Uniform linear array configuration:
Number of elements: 64
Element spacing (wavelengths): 0.75
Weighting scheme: blackman
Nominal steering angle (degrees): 60
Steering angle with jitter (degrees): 60.26
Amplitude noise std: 0.05
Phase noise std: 0.05

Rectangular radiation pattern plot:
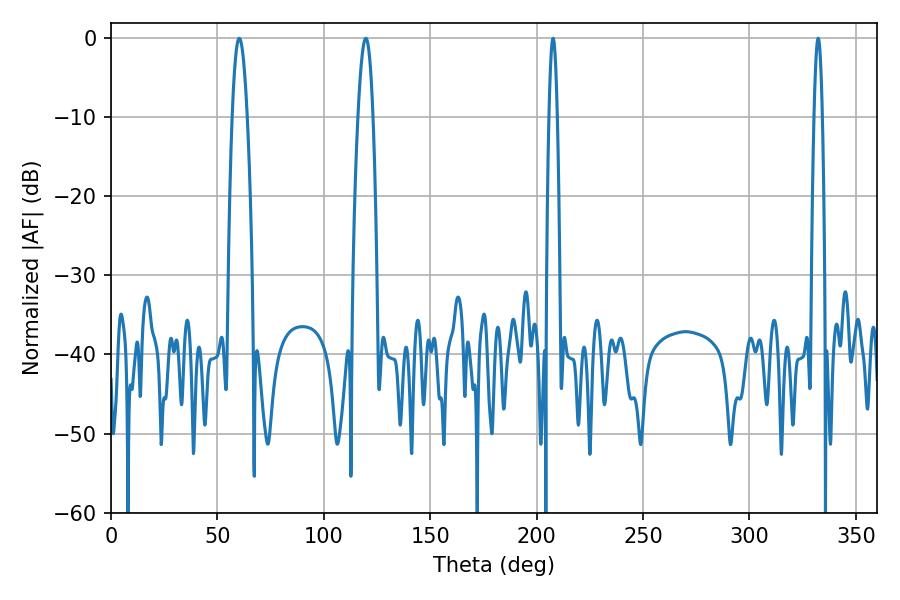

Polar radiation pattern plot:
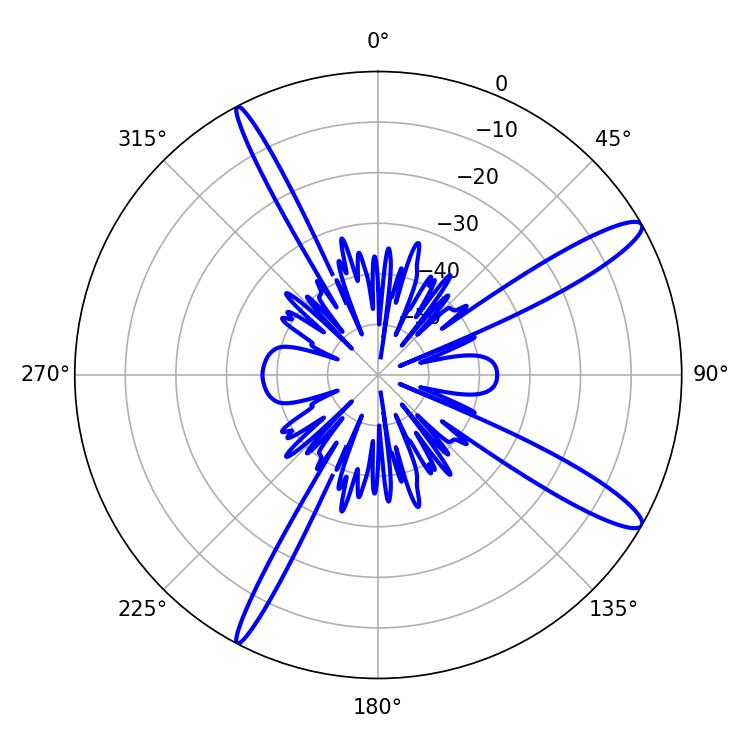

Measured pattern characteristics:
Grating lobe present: TRUE
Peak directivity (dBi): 13.491
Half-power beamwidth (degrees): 2.16
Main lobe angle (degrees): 332.28